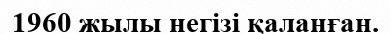
1960 жылы негізі қаланған.